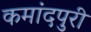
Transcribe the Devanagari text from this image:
कमांदपुरी